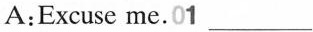
A:Excuse me.01 ___